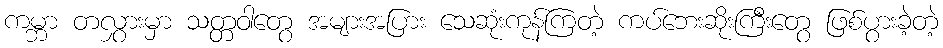
ကမ္ဘာ တလွှားမှာ သတ္တဝါတွေ အများအပြား သေဆုံးကုန်ကြတဲ့ ကပ်ဘေးဆိုးကြီးတွေ ဖြစ်ပွားခဲ့တဲ့